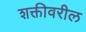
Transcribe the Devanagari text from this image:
शक्तीवरील